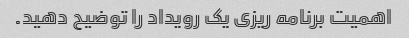
اهمیت برنامه ریزی یک رویداد را توضیح دهید.